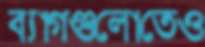
ব্যাগগুলোতেও